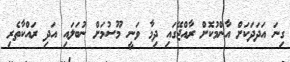
ގިނަ އަދަދަކަށް އާންމުކޮށް ރާއްޖޭގައި ދިމާ ވަނީ މޫސުމަށް ނުބަލައި އަދި ރައްކާތެރި